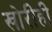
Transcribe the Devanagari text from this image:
खोरीही